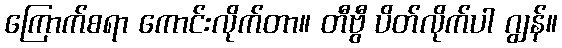
ကြောက်စရာ ကောင်းလိုက်တာ။ တီဗွီ ပိတ်လိုက်ပါ ဂျွန်။